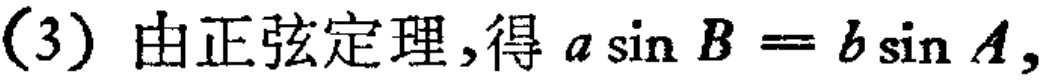
(3) 由正弦定理,得 \(a\sin B = b\sin A\)，